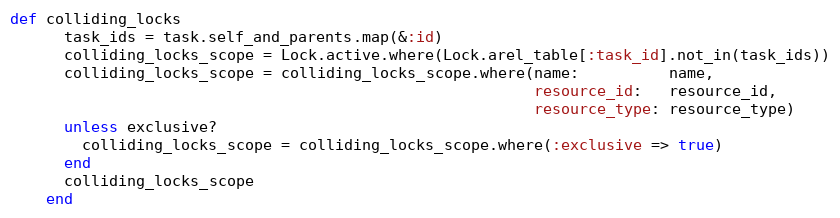
Language: Ruby
def colliding_locks
      task_ids = task.self_and_parents.map(&:id)
      colliding_locks_scope = Lock.active.where(Lock.arel_table[:task_id].not_in(task_ids))
      colliding_locks_scope = colliding_locks_scope.where(name:          name,
                                                          resource_id:   resource_id,
                                                          resource_type: resource_type)
      unless exclusive?
        colliding_locks_scope = colliding_locks_scope.where(:exclusive => true)
      end
      colliding_locks_scope
    end